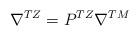
LaTeX: \begin{align*}\begin{aligned}\nabla^{TZ}=P^{TZ}\nabla^{TM}\end{aligned}\end{align*}